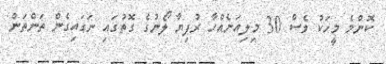
ކޮންމެ މީހަކު ވެސް 30 މިލިއަނެއްހާ ރުފިޔާ ލޯނުގެ ގޮތުގައި ނަގައިގެން ތަންތަން